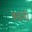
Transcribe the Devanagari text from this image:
बदलीं।